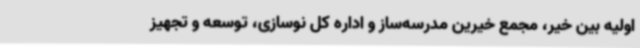
اولیه بین خیر، مجمع خیرین مدرسه‌ساز و اداره کل نوسازی، توسعه و تجهیز